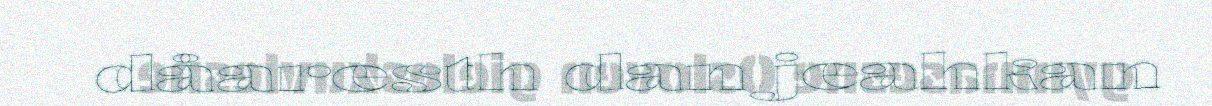
dåaresth dan jeahkan